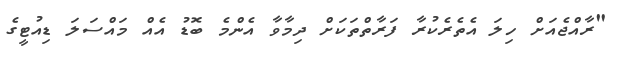
"ރާއްޖެއަށް ހިލަ އެތެރެކުރާ ފަރާތްތަކަށް ދިމާވާ އެންމެ ބޮޑު އެއް މައްސަލަ ޑިއުޓީގެ